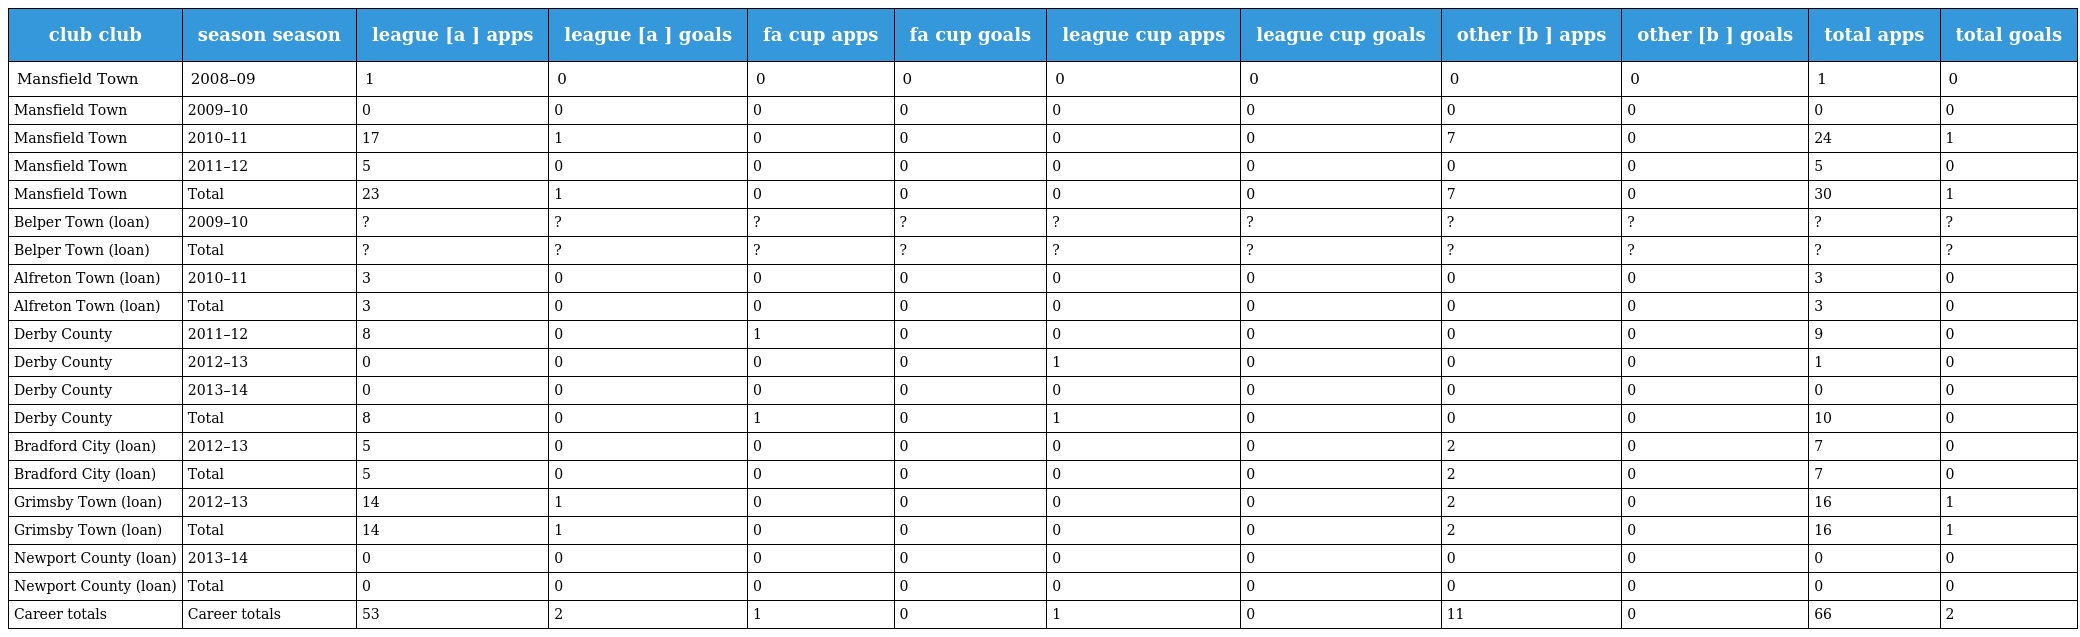
| club club | season season | league [a ] apps | league [a ] goals | fa cup apps | fa cup goals | league cup apps | league cup goals | other [b ] apps | other [b ] goals | total apps | total goals |
 | --- | --- | --- | --- | --- | --- | --- | --- | --- | --- | --- | --- |
 | Mansfield Town | 2008–09 | 1 | 0 | 0 | 0 | 0 | 0 | 0 | 0 | 1 | 0 |
 | Mansfield Town | 2009–10 | 0 | 0 | 0 | 0 | 0 | 0 | 0 | 0 | 0 | 0 |
 | Mansfield Town | 2010–11 | 17 | 1 | 0 | 0 | 0 | 0 | 7 | 0 | 24 | 1 |
 | Mansfield Town | 2011–12 | 5 | 0 | 0 | 0 | 0 | 0 | 0 | 0 | 5 | 0 |
 | Mansfield Town | Total | 23 | 1 | 0 | 0 | 0 | 0 | 7 | 0 | 30 | 1 |
 | Belper Town (loan) | 2009–10 | ? | ? | ? | ? | ? | ? | ? | ? | ? | ? |
 | Belper Town (loan) | Total | ? | ? | ? | ? | ? | ? | ? | ? | ? | ? |
 | Alfreton Town (loan) | 2010–11 | 3 | 0 | 0 | 0 | 0 | 0 | 0 | 0 | 3 | 0 |
 | Alfreton Town (loan) | Total | 3 | 0 | 0 | 0 | 0 | 0 | 0 | 0 | 3 | 0 |
 | Derby County | 2011–12 | 8 | 0 | 1 | 0 | 0 | 0 | 0 | 0 | 9 | 0 |
 | Derby County | 2012–13 | 0 | 0 | 0 | 0 | 1 | 0 | 0 | 0 | 1 | 0 |
 | Derby County | 2013–14 | 0 | 0 | 0 | 0 | 0 | 0 | 0 | 0 | 0 | 0 |
 | Derby County | Total | 8 | 0 | 1 | 0 | 1 | 0 | 0 | 0 | 10 | 0 |
 | Bradford City (loan) | 2012–13 | 5 | 0 | 0 | 0 | 0 | 0 | 2 | 0 | 7 | 0 |
 | Bradford City (loan) | Total | 5 | 0 | 0 | 0 | 0 | 0 | 2 | 0 | 7 | 0 |
 | Grimsby Town (loan) | 2012–13 | 14 | 1 | 0 | 0 | 0 | 0 | 2 | 0 | 16 | 1 |
 | Grimsby Town (loan) | Total | 14 | 1 | 0 | 0 | 0 | 0 | 2 | 0 | 16 | 1 |
 | Newport County (loan) | 2013–14 | 0 | 0 | 0 | 0 | 0 | 0 | 0 | 0 | 0 | 0 |
 | Newport County (loan) | Total | 0 | 0 | 0 | 0 | 0 | 0 | 0 | 0 | 0 | 0 |
 | Career totals | Career totals | 53 | 2 | 1 | 0 | 1 | 0 | 11 | 0 | 66 | 2 |